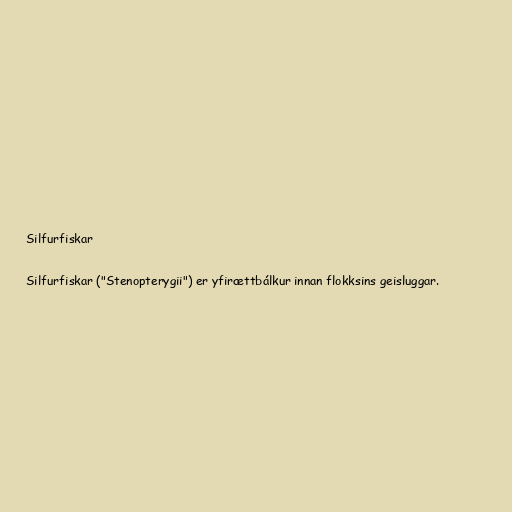
Silfurfiskar

Silfurfiskar ("Stenopterygii") er yfirættbálkur innan flokksins geisluggar.